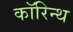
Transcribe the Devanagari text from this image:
कॉरिन्थ